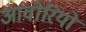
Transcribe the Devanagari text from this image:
आवोरियों